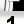
Digit: 1